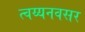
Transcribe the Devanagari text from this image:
त्वय्यनवसर